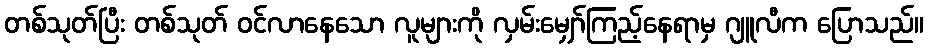
တစ်သုတ်ပြီး တစ်သုတ် ဝင်လာနေသော လူများကို လှမ်းမျှော်ကြည့်နေရာမှ ဂျူလီက ပြောသည်။